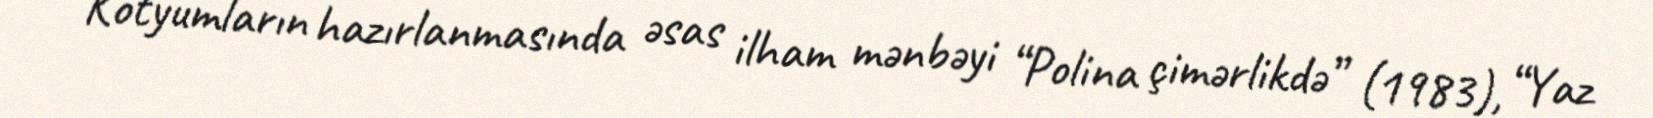
Kotyumların hazırlanmasında əsas ilham mənbəyi “Polina çimərlikdə” (1983), “Yaz